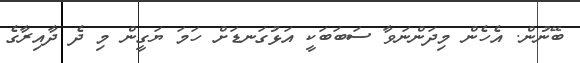
ބޭނުން. އެހެން މިދަންނަވާ ސަބަބަކީ އަޅުގަނޑަށް ހަމަ ޔަގީން މި ދެ ދާއިރާގެ